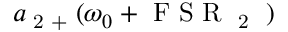
a \textsubscript { 2 + } ( \omega _ { 0 } + \textrm { F S R \textsubscript { 2 } } )